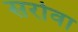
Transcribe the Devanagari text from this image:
सरोवा